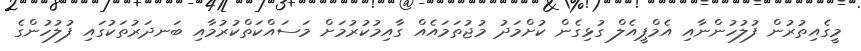
މީގެއިތުރުން ފުލުހުންނާއި އެމްޕީއެލް ގުޅިގެން ކުށްމަދު މުޖުތަމައެއް ގާއިމުކުރުމަށް މަސައްކަތްކުރުމާއި ބަނދަރުތަކުގައި ފުލުހުންގެ